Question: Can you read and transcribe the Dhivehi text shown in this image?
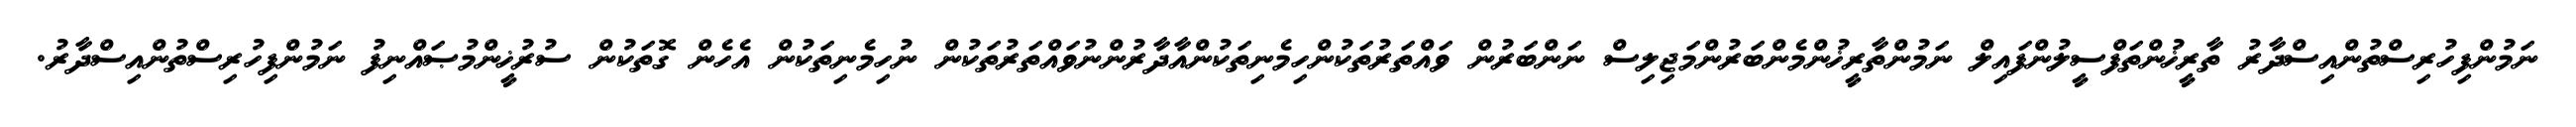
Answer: ނަމުންފިހުރިސްތުންއިސްދާރު ތާރީޚުންތަފްސީލުންފައިލް ނަމުންތާރީޚުންމެންބަރުންމަޖިލިސް ނަންބަރުން ވައްތަރުތަކުންހިމެނިތަކުންއާދާރުންނުވައްތަރުތަކުން ނުހިމެނިތަކުން އެހެން ގޮތަކުން ސުރުޚީންމުޞައްނިފު ނަމުންފިހުރިސްތުންއިސްދާރު.